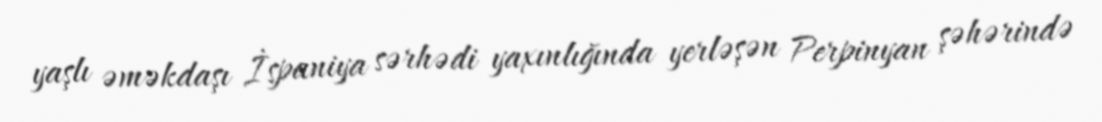
yaşlı əməkdaşı İspaniya sərhədi yaxınlığında yerləşən Perpinyan şəhərində